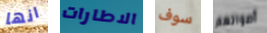
انها الاطارات سوف أصواتهم